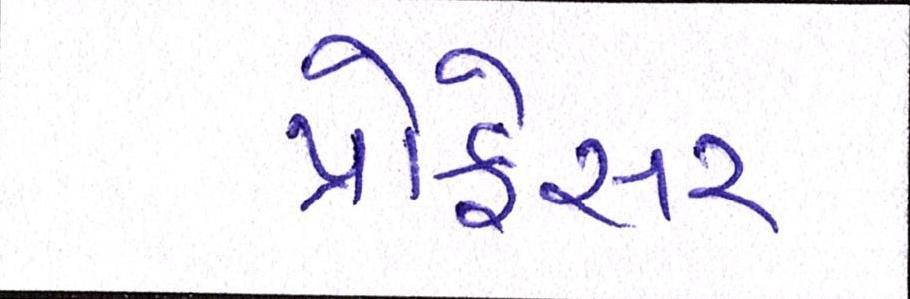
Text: પ્રોફેસર